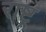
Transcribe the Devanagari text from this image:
राष्ट्र्